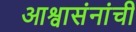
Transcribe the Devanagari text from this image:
आश्वासंनांची